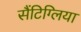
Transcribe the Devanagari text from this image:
सैंटिग्लिया